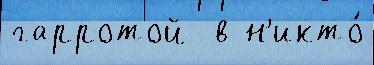
гарротой  в н'икто́